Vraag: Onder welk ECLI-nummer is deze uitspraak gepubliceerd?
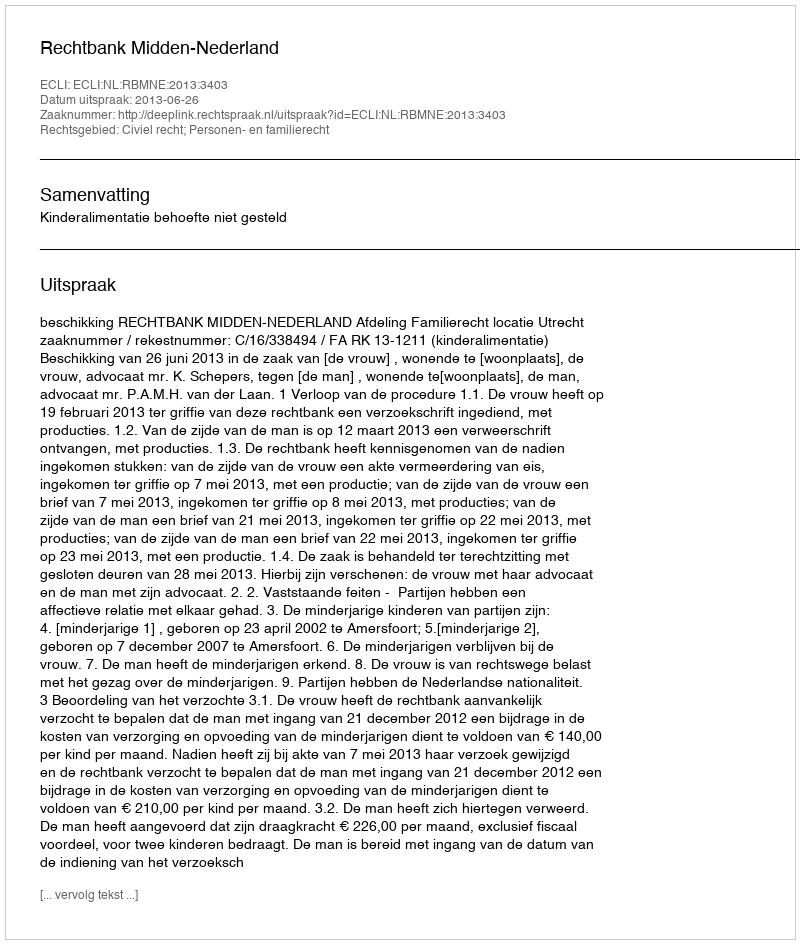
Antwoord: ECLI:NL:RBMNE:2013:3403